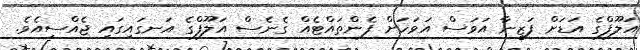
އަލޫފްގެ އަޑަށް ފަޒީނާ އަވަސް އަވަހަށް ފެންތައްޓެއް ގެނެސް އަލޫފްގެ އަނގައިގައި ޖެއްސިއެވެ.